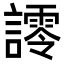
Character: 𮘿